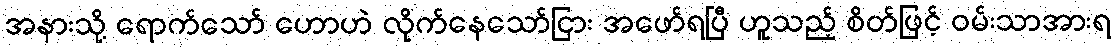
အနားသို့ ရောက်သော် ဟောဟဲ လိုက်နေသော်ငြား အဖော်ရပြီ ဟူသည့် စိတ်ဖြင့် ဝမ်းသာအားရ